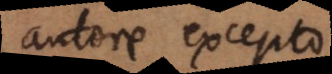
autore excepto